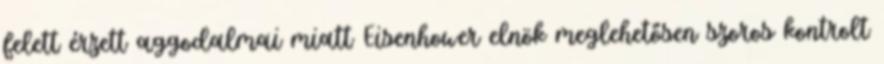
felett érzett aggodalmai miatt Eisenhower elnök meglehetősen szoros kontrolt